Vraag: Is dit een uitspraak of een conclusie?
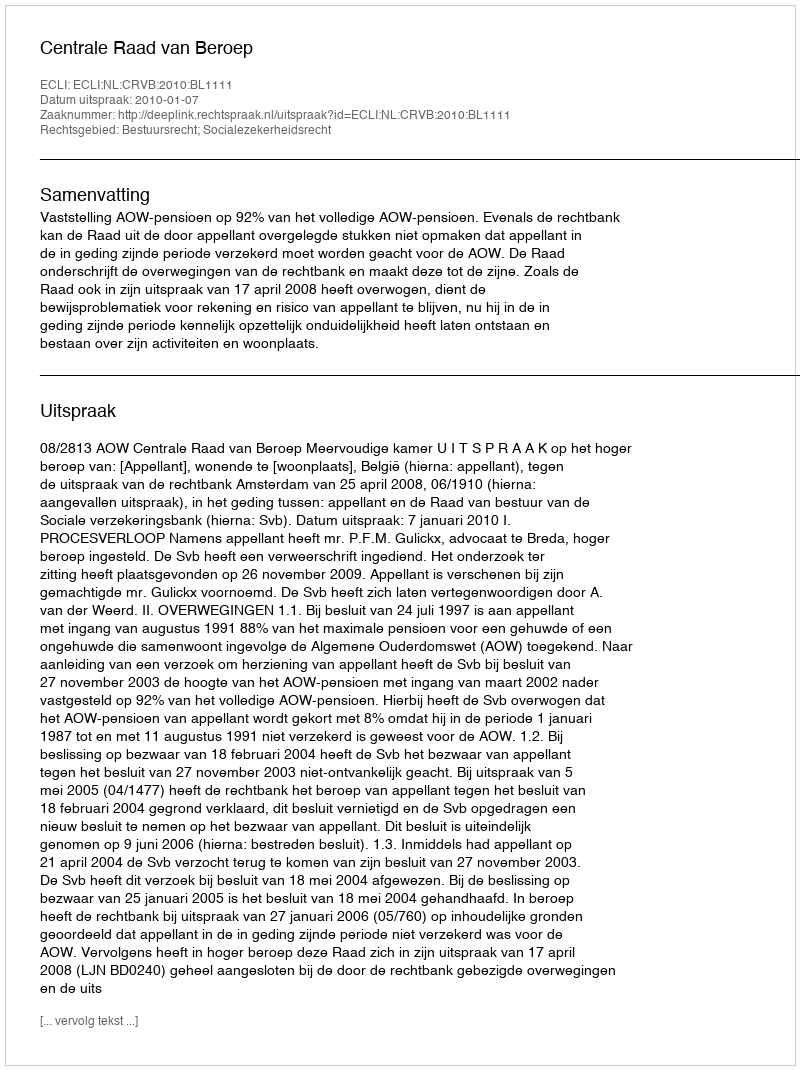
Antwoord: Uitspraak